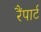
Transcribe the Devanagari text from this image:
रैंपार्ट